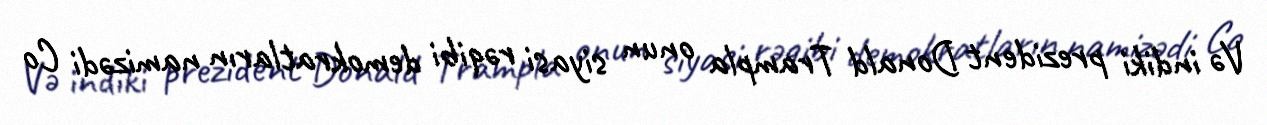
Və indiki prezident Donald Trampla onun siyasi rəqibi demokratların namizədi Co